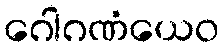
ဂေါဂဏံယေဝ